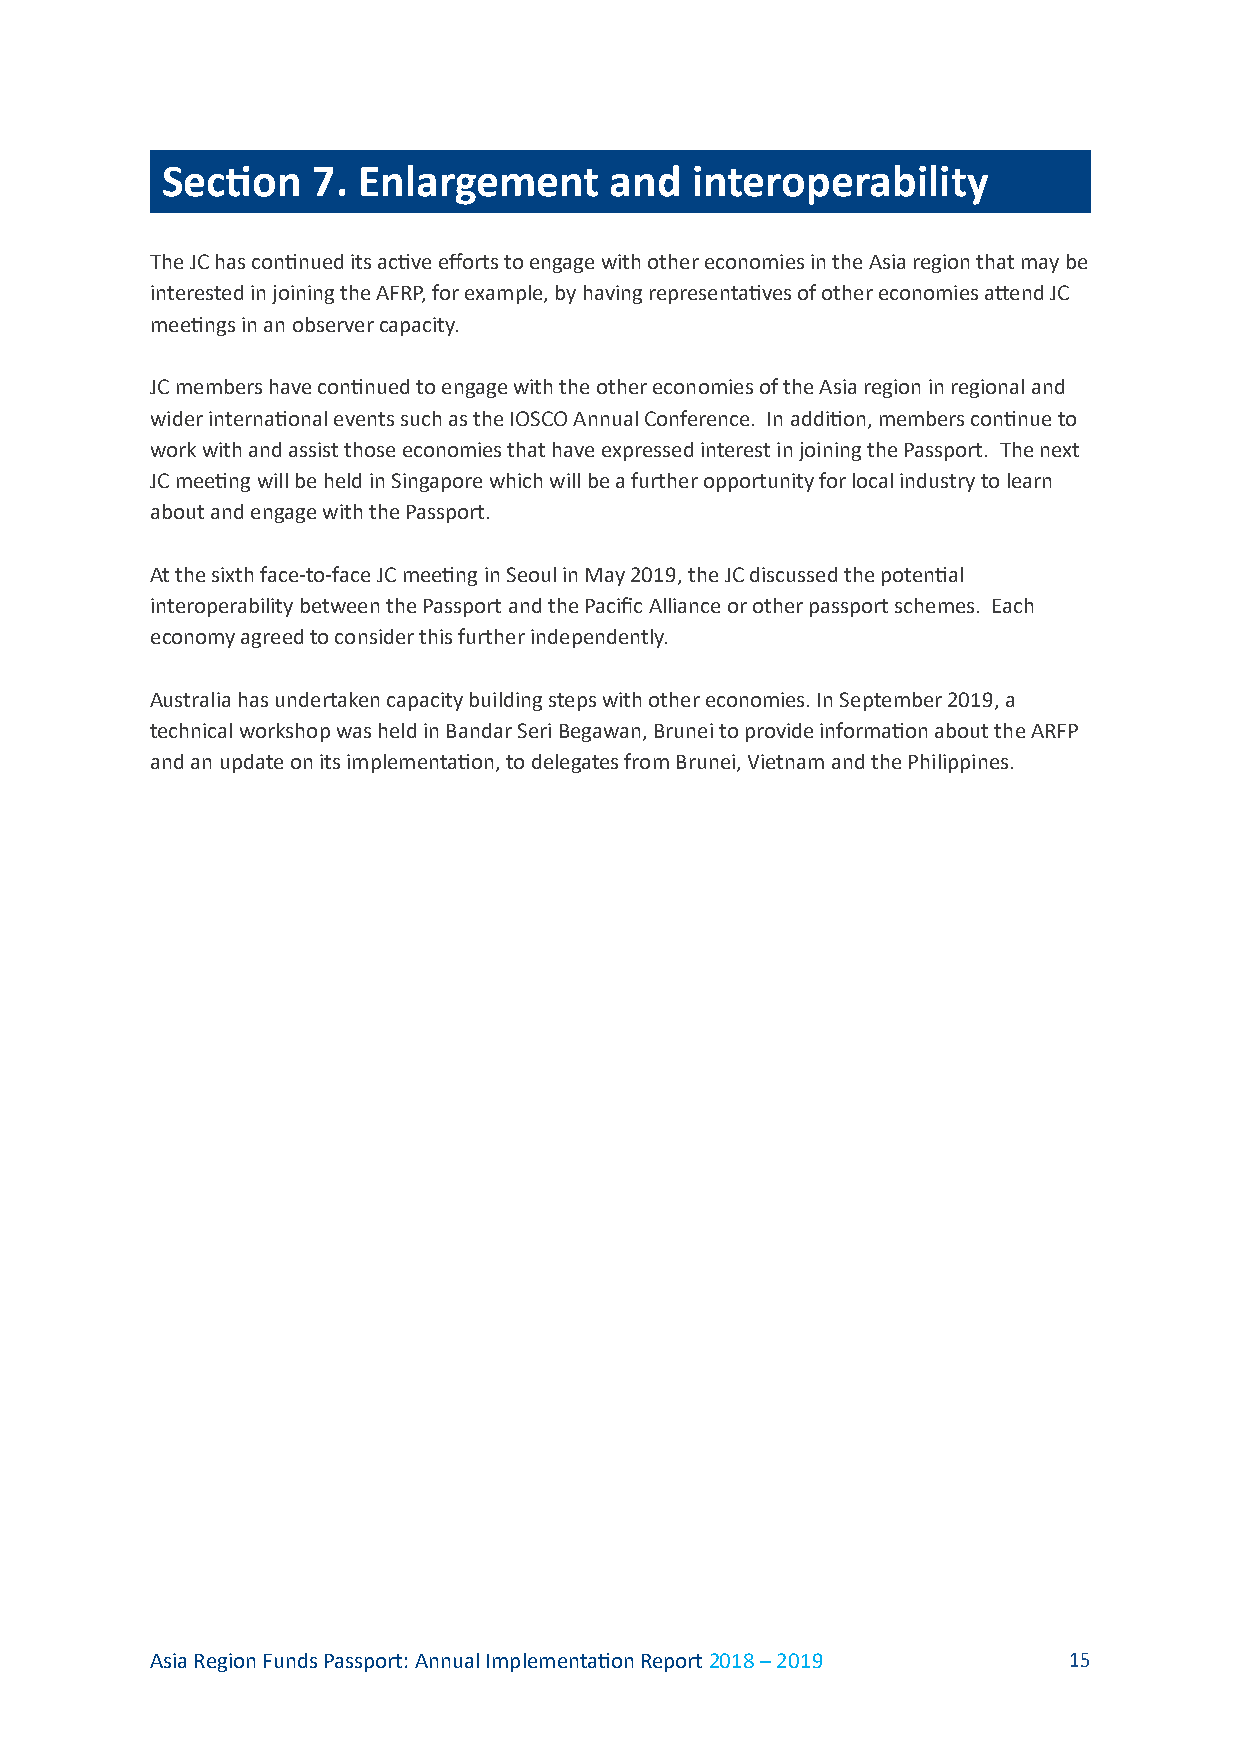
Section   7. Enlargement     and   interoperability
 The JC has continued its active efforts to engage with other economies in the Asia region that may be
 interested in joining the AFRP, for example, by having representatives of other economies attend JC
 meetings in an observer capacity.
 JC members have continued to engage with the other economies of the Asia region in regional and
 wider international events such as the IOSCO Annual Conference. In addition, members continue to
 work with and assist those economies that have expressed interest in joining the Passport. The next
 JC meeting will be held in Singapore which will be a further opportunity for local industry to learn
 about and engage with the Passport.
 At the sixth face-to-face JC meeting in Seoul in May 2019, the JC discussed the potential
 interoperability between the Passport and the Pacific Alliance or other passport schemes. Each
 economy agreed to consider this further independently.
 Australia has undertaken capacity building steps with other economies. In September 2019, a
 technical workshop was held in Bandar Seri Begawan, Brunei to provide information about the ARFP
 and an update on its implementation, to delegates from Brunei, Vietnam and the Philippines.
 Asia Region Funds Passport: Annual Implementation Report 2018 – 2019 15